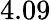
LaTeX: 4.09